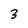
Character: 3